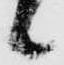
候